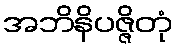
အဘိနိပဇ္ဇိတုံ